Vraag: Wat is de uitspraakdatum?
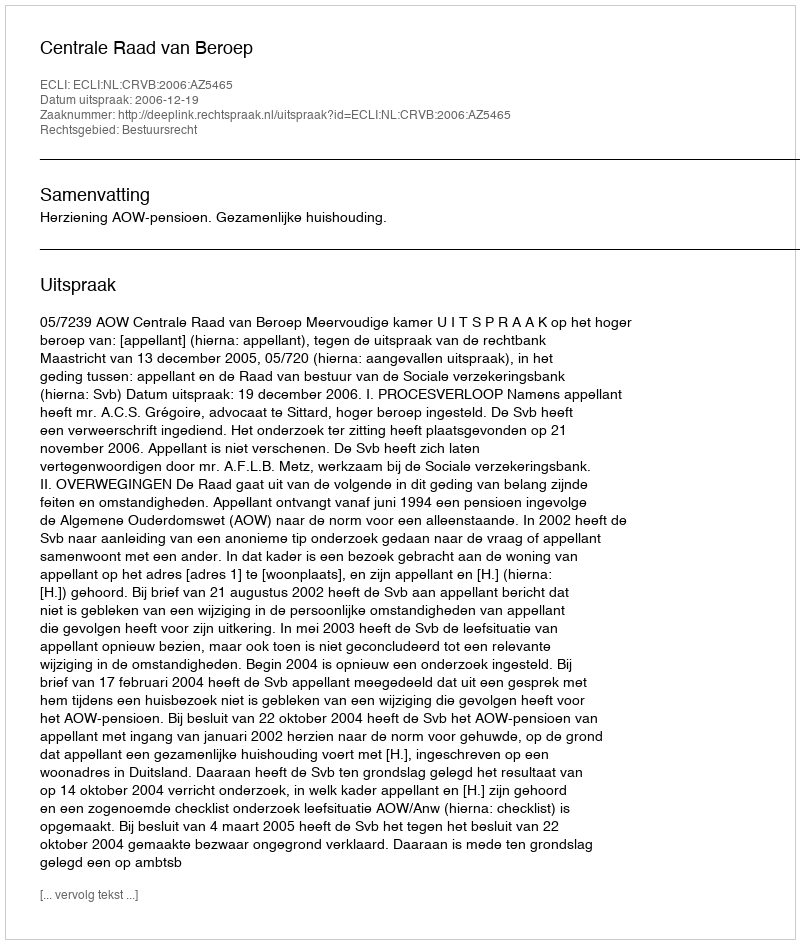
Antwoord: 2006-12-19